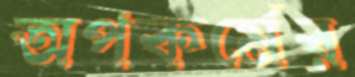
অপকর্মের